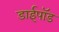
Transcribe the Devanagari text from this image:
डाईपॉड